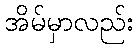
အိမ်မှာလည်း